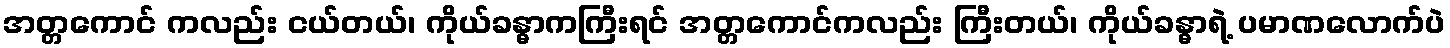
အတ္တကောင် ကလည်း ငယ်တယ်၊ ကိုယ်ခန္ဓာကကြီးရင် အတ္တကောင်ကလည်း ကြီးတယ်၊ ကိုယ်ခန္ဓာရဲ့ ပမာဏလောက်ပဲ